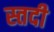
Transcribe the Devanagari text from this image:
स्तदी